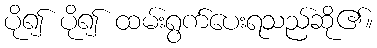
ပို၍ ပို၍ ထမ်းရွက်ပေးရသည်ဆို၏။